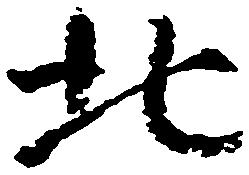
北